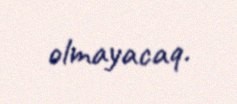
olmayacaq.